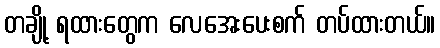
တချို့ ရထားတွေက လေအေးပေးစက် တပ်ထားတယ်။